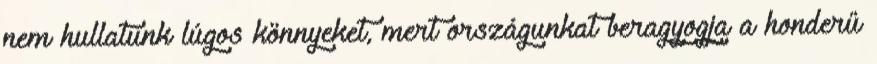
nem hullatunk lúgos könnyeket, mert országunkat beragyogja a honderű